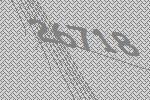
26718